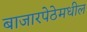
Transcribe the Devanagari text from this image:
बाजारपेठेमधील